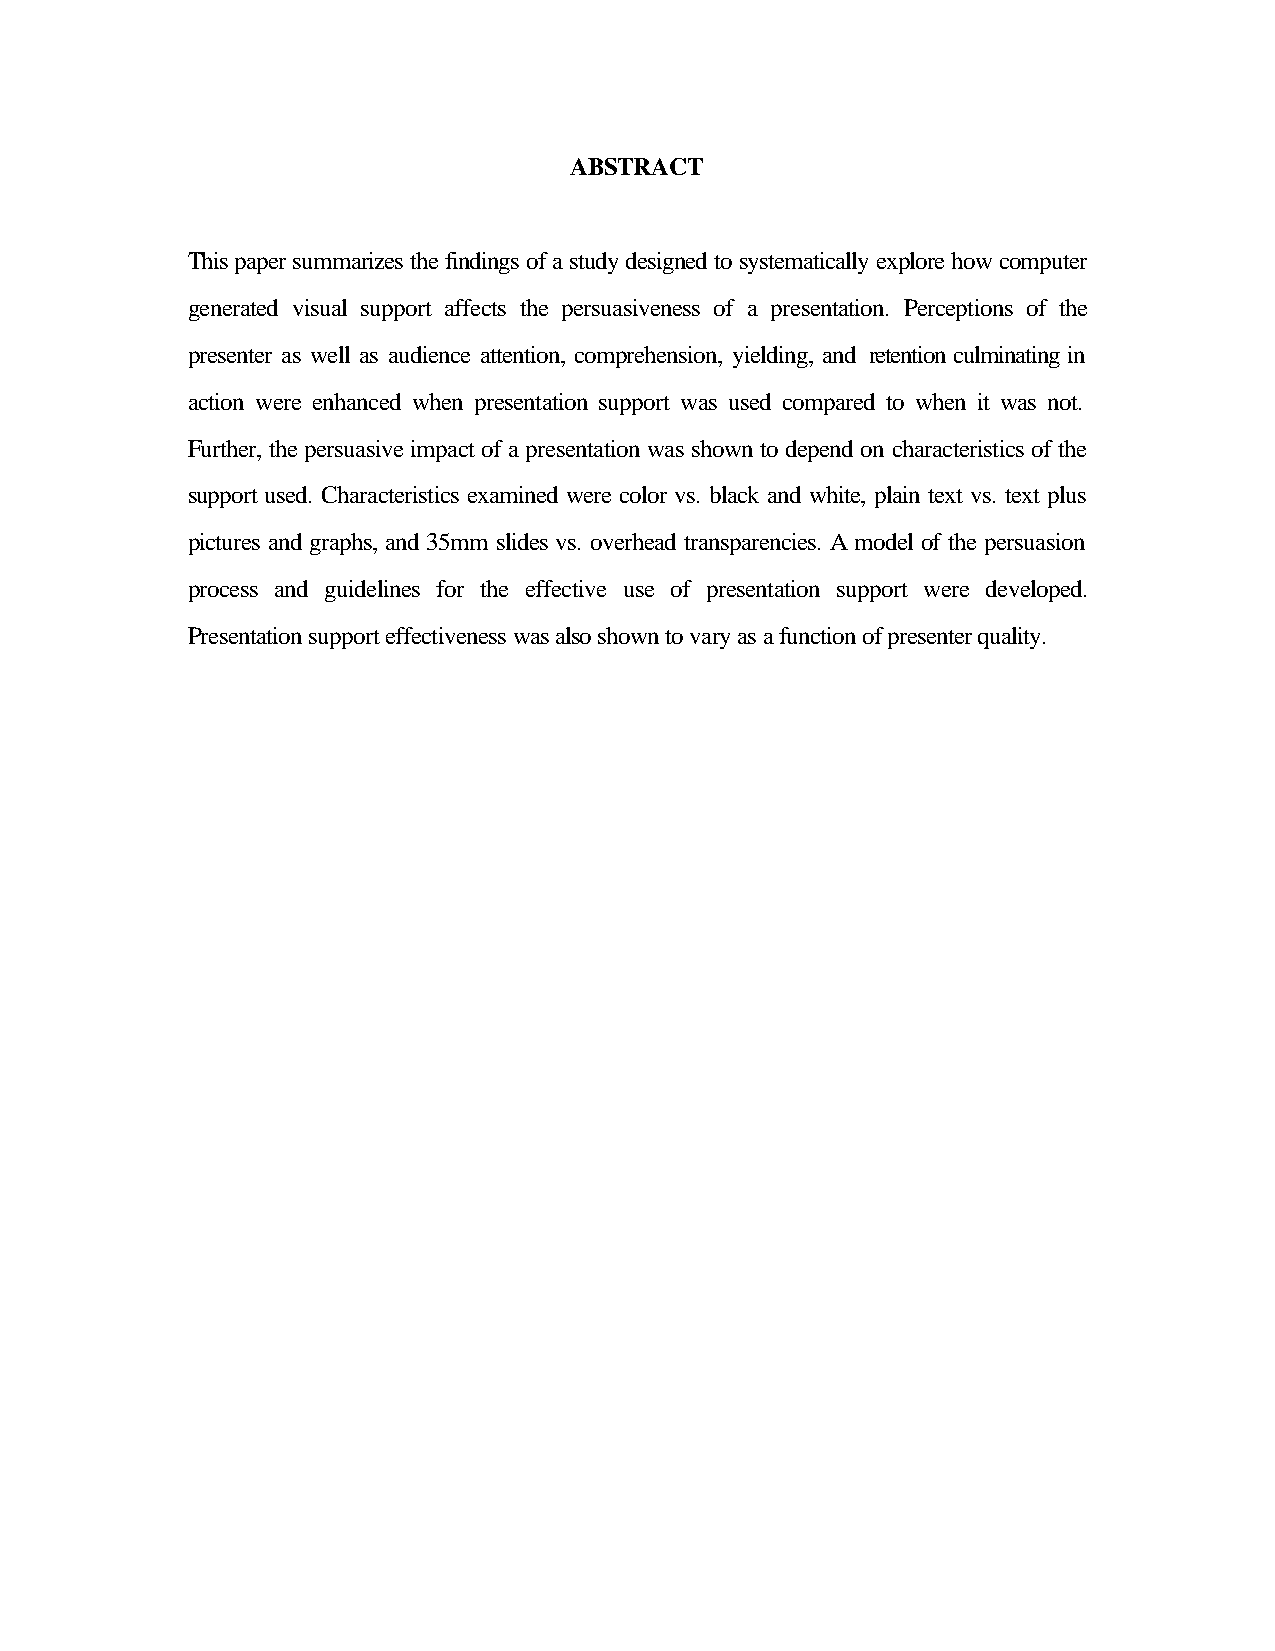
ABSTRACT
 This paper summarizes the findings of a study designed to systematically explore how computer
 generated visual support affects the persuasiveness of a presentation. Perceptions of the
 presenter as well as audience attention, comprehension, yielding, and retention culminating in
 action were enhanced when presentation support was used compared to when it was not.
 Further, the persuasive impact of a presentation was shown to depend on characteristics of the
 support used. Characteristics examined were color vs. black and white, plain text vs. text plus
 pictures and graphs, and 35mm slides vs. overhead transparencies. A model of the persuasion
 process and guidelines for the effective use of presentation support were developed.
 Presentation support effectiveness was also shown to vary as a function of presenter quality.